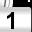
Digit: 1